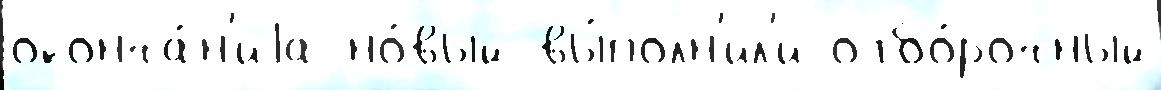
оконча́н'иjа но́вый вы́полн'ил'и отбо́рочный